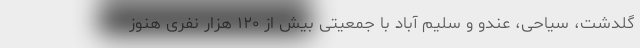
گلدشت، سیاحی، عندو و سلیم آباد با جمعیتی بیش از ۱۲۰ هزار نفری هنوز